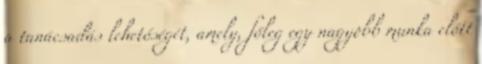
a tanácsadás lehetőségét, amely, főleg egy nagyobb munka előtt